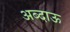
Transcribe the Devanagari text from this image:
अब्दाऊ